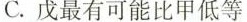
C.戊最有可能比甲低等